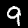
Label: 9